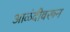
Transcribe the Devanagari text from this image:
आळंदीवरून